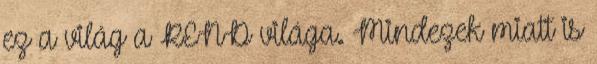
ez a világ a REND világa. Mind­ezek miatt is